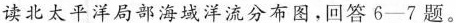
读北太平洋局部海域洋流分布图，回答6-7题。